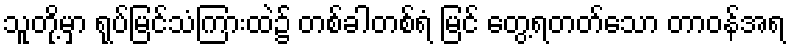
သူတို့မှာ ရုပ်မြင်သံကြားထဲ၌ တစ်ခါတစ်ရံ မြင် တွေ့ရတတ်သော တာဝန်အရ